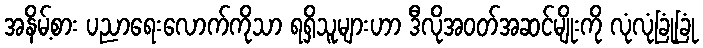
အနိမ့်စား ပညာရေးလောက်ကိုသာ ရရှိသူများဟာ ဒီလိုအဝတ်အဆင်မျိုးကို လုံလုံခြုံခြုံ